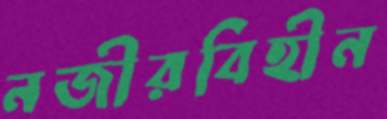
নজীরবিহীন